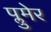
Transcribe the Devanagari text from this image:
प्लुमेर